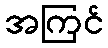
အကြင်